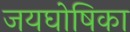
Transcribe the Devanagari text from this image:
जयघोषिका